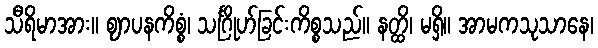
သီရိမာအား။ ဈာပနကိစ္စံ၊ သင်္ဂြိုဟ်ခြင်းကိစ္စသည်။ နတ္ထိ၊ မရှိ။ အာမကသုသာနေ၊